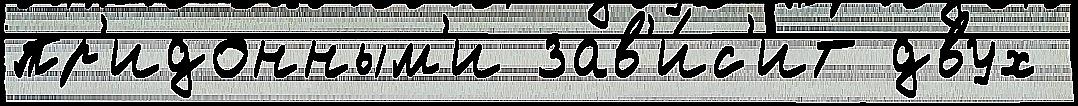
пр'идонным'и зав'и́с'ит двух